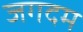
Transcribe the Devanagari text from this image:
जगदम